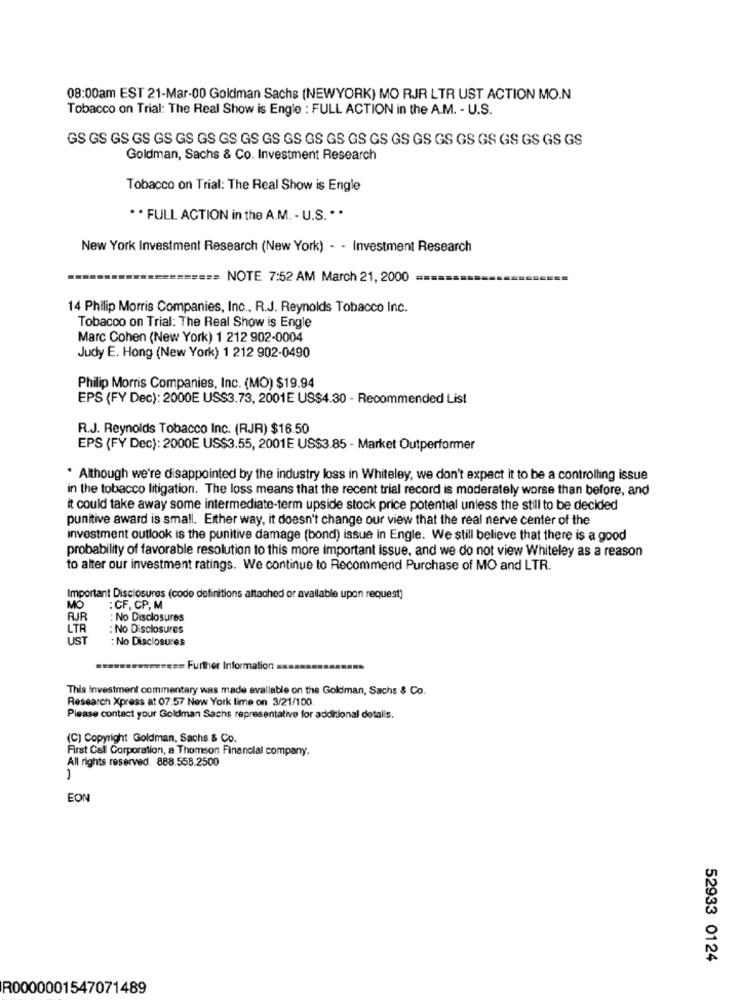
08:00am EST 21-Mar-00 Goldman Sachs (NEWYORK) MO RJR LTR UST ACTION MO.N
Tobacco on Trial: The Real Show is Engle : FULL ACTION in the A.M. - U.S.
GS GS GS GS GS GS GS GS GS GS GS GS GS GS GS GS GS GS GS GS GS GS GS GS
Goldman, Sachs & Co. Investment Research
Tobacco on Trial: The Real Show is Engle
** FULL ACTION in the A.M. - U.S. ..
New York Investment Research (New York) - - Investment Research
NOTE 7:52 AM March 21, 2000
14 Philip Morris Companies, Inc ., R.J. Reynolds Tobacco Inc.
Tobacco on Trial: The Real Show is Engle
Marc Cohen (New York) 1 212 902-0004
Judy E. Hong (New York) 1 212 902-0490
Philip Morris Companies, Inc. (MO) $19.94
EPS (FY Dec): 2000E US$3.73, 2001E US$4.30 - Recommended List
R.J. Reynolds Tobacco Inc. (RJR) $16.50
EPS (FY Dec): 2000E US$3.55, 2001E US$3.85 - Market Outperformer
* Although we're disappointed by the industry loss in Whiteley, we don't expect it to be a controlling issue
in the tobacco litigation. The loss means that the recent trial record is moderately worse than before, and
it could take away some intermediate-term upside stock price potential unless the still to be decided
punitive award is small. Either way, it doesn't change our view that the real nerve center of the
investment outlook is the punitive damage (bond) issue In Engle. We still believe that there is a good
probability of favorable resolution to this more important issue, and we do not view Whiteley as a reason
to alter our investment ratings. We continue to Recommend Purchase of MO and LTR.
Important Disclosures (code definitions altached or available upon request)
MO
: CF, CP, M
RJR
: No Disclosures
LTR
: No Disclosures
UST
: No Disclosures
wwwesses= Further Information
This Investment commentary was made available on the Goldman, Sachs & Co.
Research Xpress at 07.57 New York time on 3/21/100.
Please contact your Goldman Sachs representative for additional details.
(C) Copyright Goldman, Sachs & Co.
First Call Corporation, a Thomson Financial company.
All rights reserved. 888.558.2500
EON
52933 0124
R0000001547071489